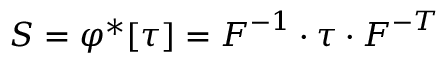
{ \boldsymbol { S } } = \varphi ^ { * } [ { \boldsymbol { \tau } } ] = { \boldsymbol { F } } ^ { - 1 } \cdot { \boldsymbol { \tau } } \cdot { \boldsymbol { F } } ^ { - T }